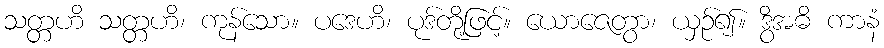
သတ္တဟိ သတ္တဟိ၊ ကုန်သော။ ပဒေဟိ၊ ပုဒ်တို့ဖြင့်။ ယောဇေတွာ၊ ယှဉ်၍။ ဒွိအဓိ ကာနံ